Insane asylums Bombay 1873-77 - 1873-1877
Year: 1873
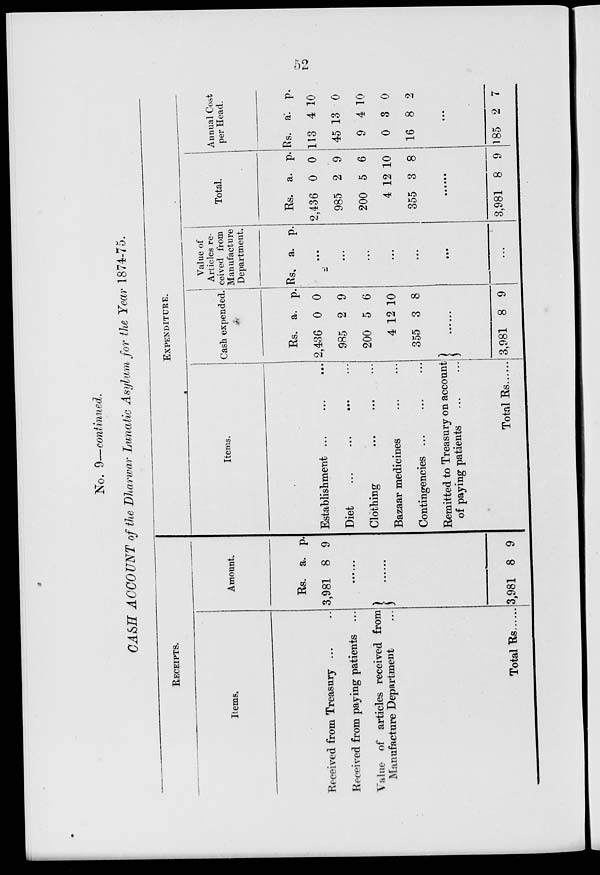
52
No. 9—continued.
CASH ACCOUNT of the Dharwar Lunatic Asylum for the Year 1874-75.
RECEIPTS.
Items.
Received from Treasury ... ...
Received from paying patients ...
Value of articles received from
Manufacture Department ...
Total Rs......
Amount.
Rs.
3,981
a.
8
p.
9
......
3,981 8 9
Items.
Establishment ... ... ...
Diet
...
...
...
...
Clothing
...
...
...
Bazaar medicines ... ...
Contingencies ... ... ...
Remitted to Treasury on account
of paying patients ... ...
Total
Rs.
EXPENDITURE.
Cash expended.
Rs.
2,436
985
200
4
355
a.
0
2
5
12
3
p.
0
9
6
10
8
3,981 8 9
Value of
Articles re-
ceived from
Manufacture
Department.
Rs. a. p.
...
...
...
...
...
...
...
Total.
Rs.
2,436
985
200
4
355
a.
0
2
5
12
3
p.
0
9
6
10
8
......
3,981 8 9
Annual Cost
per Head.
Rs.
113
45
9
0
16
a.
4
13
4
3
8
p.
10
0
10
0
2
...
185 2 7